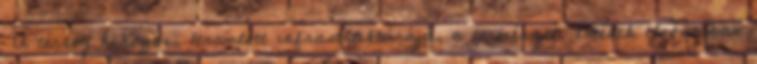
▪A térség hiányos, leromlott infrastruktúrája, a természeti értékek elsősorban